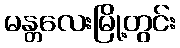
မန္တလေးမြို့တွင်း